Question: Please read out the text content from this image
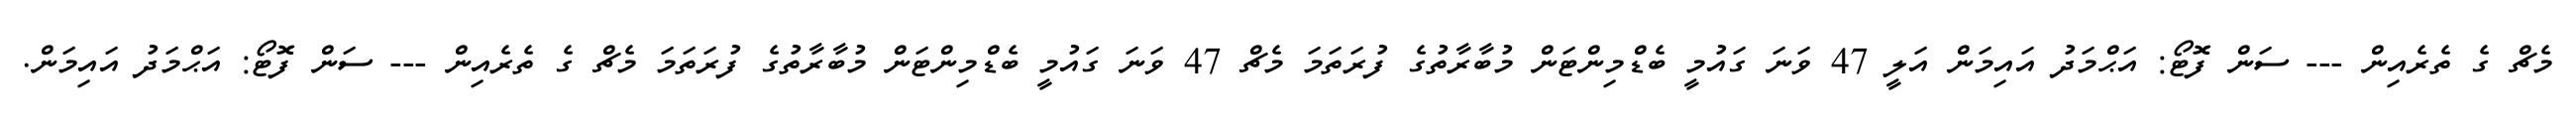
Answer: މެޗް ގެ ތެރެއިން --- ސަން ފޮޓޯ: އަޙްމަދު އައިމަން އަލީ 47 ވަނަ ގައުމީ ބެޑްމިންޓަން މުބާރާތުގެ ފުރަތަމަ މެޗް 47 ވަނަ ގައުމީ ބެޑްމިންޓަން މުބާރާތުގެ ފުރަތަމަ މެޗް ގެ ތެރެއިން --- ސަން ފޮޓޯ: އަޙްމަދު އައިމަން.